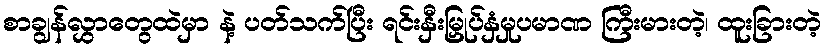
စာချွန်လွှာတွေထဲမှာ နဲ့ ပတ်သက်ပြီး ရင်းနှီးမြှုပ်နှံမှုပမာဏ ကြီးမားတဲ့၊ ထူးခြားတဲ့